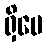
ရှိပေ